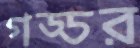
গড্ডর